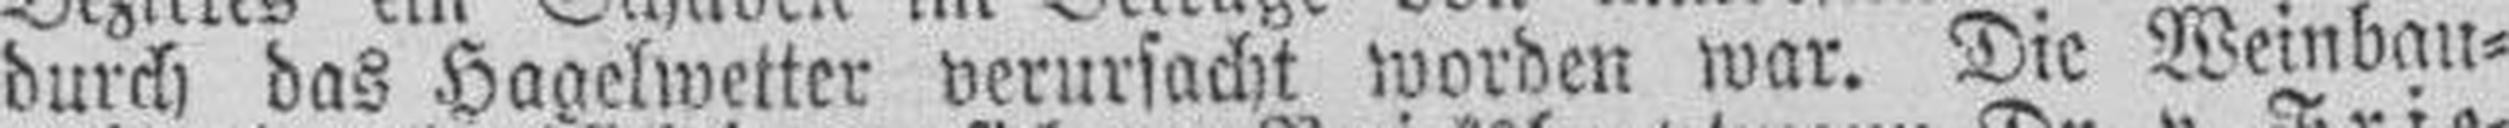
durch das Hagelwetter verursacht worden war. Die Weinbau¬